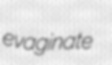
evaginate